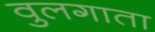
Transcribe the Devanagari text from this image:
वुलगाता